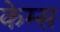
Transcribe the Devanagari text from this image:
केम्स